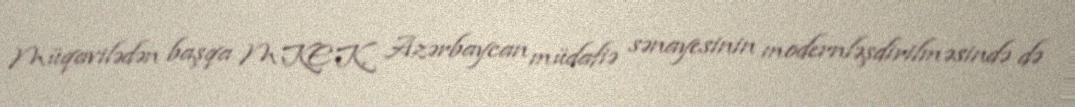
Müqavilədən başqa MKEK, Azərbaycan müdafiə sənayesinin modernləşdirilməsində də